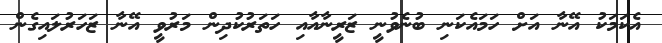
އެކަމަކު އޭނާ އަށް ހަމައެކަނި ބުނެވުނީ ޒަރީނާއާއި ހަތަރުކުދިން މަރުވީ އޭނާ ޒަހަރުލައިގެން